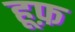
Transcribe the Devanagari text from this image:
हूफ़